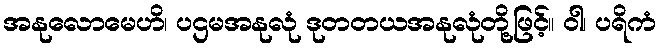
အနုလောမေဟိ၊ ပဌမအနုလုံ ဒုတတယအနုလုံတို့ဖြင့်။ ဝါ၊ ပရိကံ